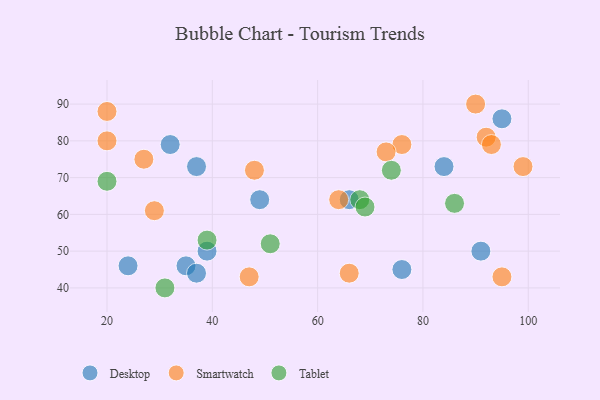
{"axis": {"x": "GDP", "y": "Life Expectancy"}, "legend": ["Desktop", "Smartwatch", "Tablet"], "data": [{"x": "76", "y": 45, "type": "Desktop"}, {"x": "32", "y": 79, "type": "Desktop"}, {"x": "35", "y": 46, "type": "Desktop"}, {"x": "95", "y": 86, "type": "Desktop"}, {"x": "91", "y": 50, "type": "Desktop"}, {"x": "84", "y": 73, "type": "Desktop"}, {"x": "66", "y": 64, "type": "Desktop"}, {"x": "49", "y": 64, "type": "Desktop"}, {"x": "39", "y": 50, "type": "Desktop"}, {"x": "37", "y": 73, "type": "Desktop"}, {"x": "37", "y": 44, "type": "Desktop"}, {"x": "24", "y": 46, "type": "Desktop"}, {"x": "27", "y": 75, "type": "Smartwatch"}, {"x": "76", "y": 79, "type": "Smartwatch"}, {"x": "99", "y": 73, "type": "Smartwatch"}, {"x": "90", "y": 90, "type": "Smartwatch"}, {"x": "29", "y": 61, "type": "Smartwatch"}, {"x": "48", "y": 72, "type": "Smartwatch"}, {"x": "73", "y": 77, "type": "Smartwatch"}, {"x": "95", "y": 43, "type": "Smartwatch"}, {"x": "66", "y": 44, "type": "Smartwatch"}, {"x": "92", "y": 81, "type": "Smartwatch"}, {"x": "64", "y": 64, "type": "Smartwatch"}, {"x": "47", "y": 43, "type": "Smartwatch"}, {"x": "20", "y": 80, "type": "Smartwatch"}, {"x": "93", "y": 79, "type": "Smartwatch"}, {"x": "20", "y": 88, "type": "Smartwatch"}, {"x": "31", "y": 40, "type": "Tablet"}, {"x": "20", "y": 69, "type": "Tablet"}, {"x": "68", "y": 64, "type": "Tablet"}, {"x": "74", "y": 72, "type": "Tablet"}, {"x": "39", "y": 53, "type": "Tablet"}, {"x": "86", "y": 63, "type": "Tablet"}, {"x": "51", "y": 52, "type": "Tablet"}, {"x": "69", "y": 62, "type": "Tablet"}]}